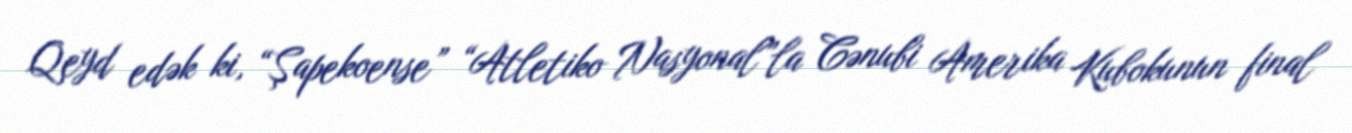
Qeyd edək ki, “Şapekoense” “Atletiko Nasyonal”la Cənubi Amerika Kubokunun final